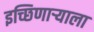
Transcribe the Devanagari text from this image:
इच्छिणाऱ्याला